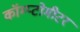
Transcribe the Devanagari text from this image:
कॉम्प्टोमीटर